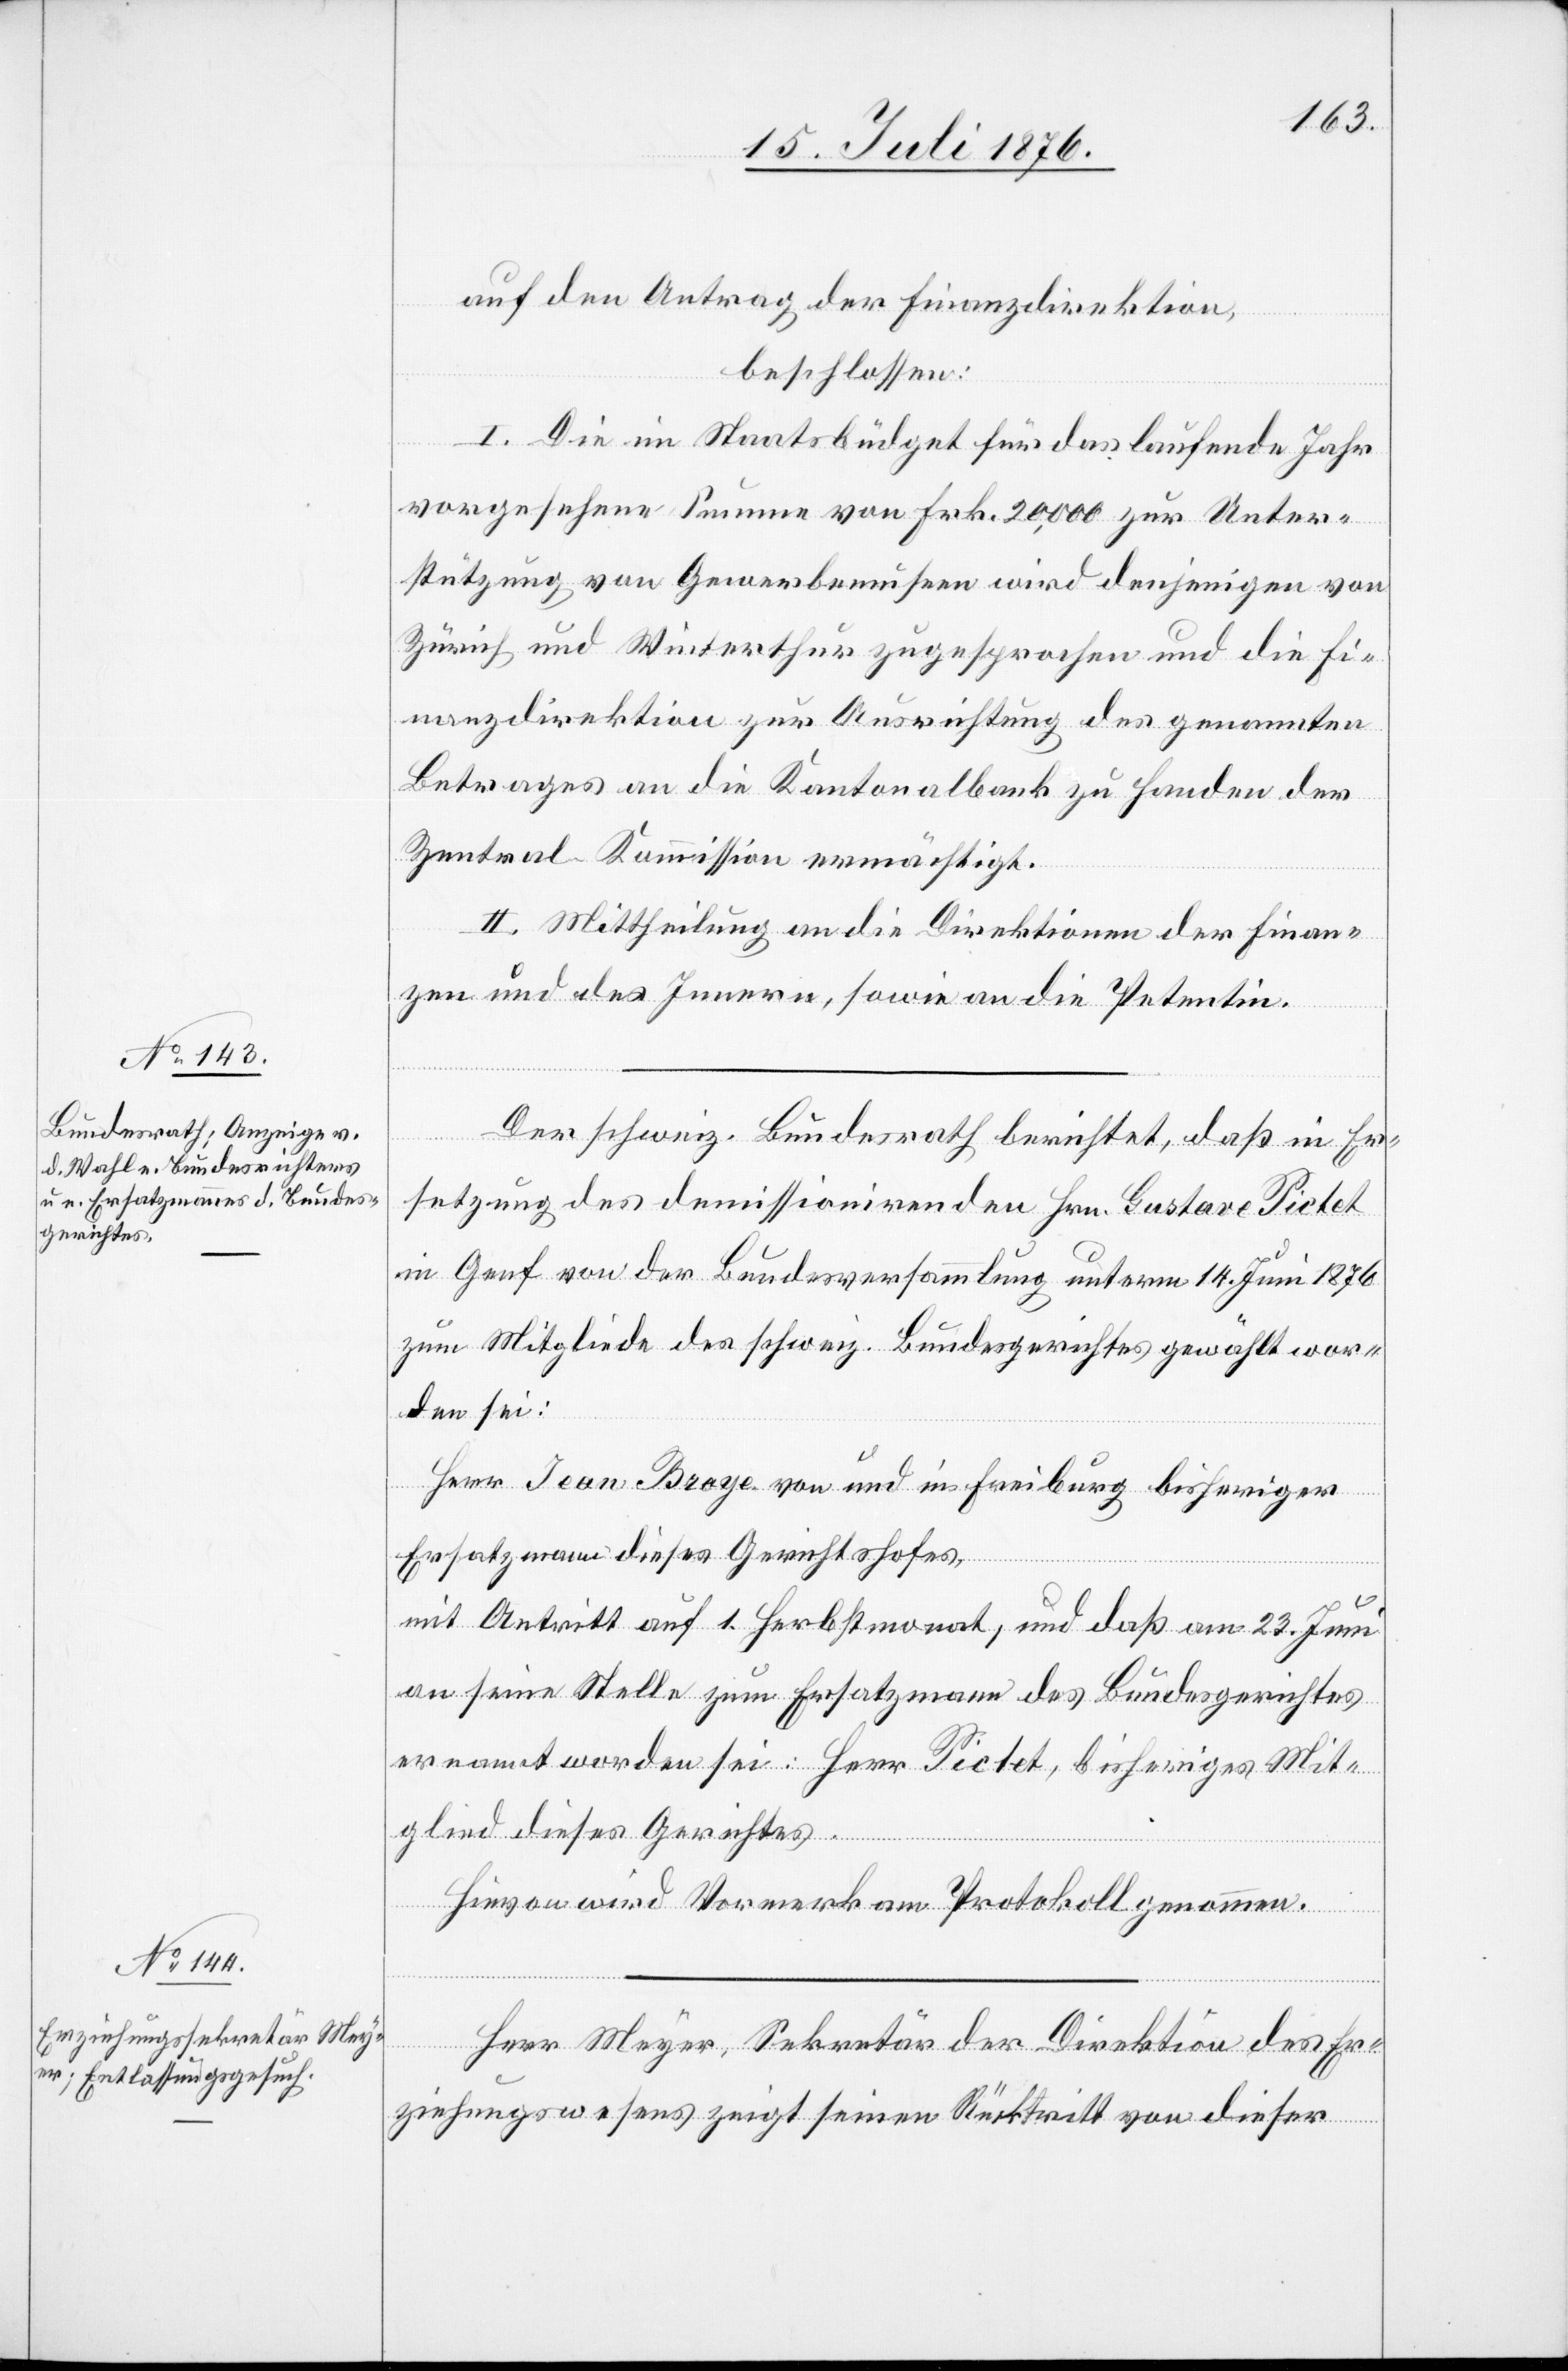
auf den Antrag der Finanzdirektion,
beschlossen:
I. Die im Staatsbüdget für das laufende Jahr
vorgesehene Summe von Frk. 20,000 zur Unter¬
stützung von Gewerbemuseen wird denjenigen von
Zürich und Winterthur zugesprochen und die Fi¬
nanzdirektion zur Ausrichtung des genannten
Betrages an die Kantonalbank zu Handen der
Zentral-Kommission ermächtigt.
II. Mittheilung an die Direktionen der Finan¬
zen und des Innern, sowie an die Petentin.
Er¬
Der schweiz. Bundesrath berichtet, daß in Er¬
setzung des demissionirenden Hrn. Gustave Pictet
in Genf von der Bundesversammlung unterm 14. Juni 1876
zum Mitgliede des schweiz. Bundegerichtes gewählt wor¬
den sei:
Herr Jean Broye von und in Freiburg bisheriger
Ersatzmann dieses Gerichtshofes,
mit Antritt auf 1. Herbstmonat, und das am 23. Juni
an seine Stelle zum Ersatzmann des Bundesgerichtes
ernannt worden sei: Herr Pictet, bisheriges Mit¬
glied dieses Gerichtes.
Hievon wird Vormerk am Protokoll genommen.
ziehungswesens zeigt seinen Rücktritt von dieser